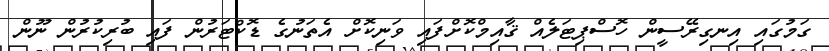
ގަމުގައި އިނގިރޭސީން ހޮސްޕިޓަލެއް ޤާއިމްކޮށްފައި ވަނިކޮށް އެތަނުގެ ޑޮކްޓަރުން ފައި ބުރިކުރުން ނޫން